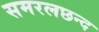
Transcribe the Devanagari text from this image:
समरलछन्द